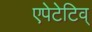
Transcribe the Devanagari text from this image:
एपेटेटिव्